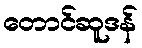
တောင်ဆူဒန်